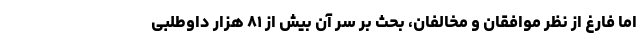
اما فارغ از نظر موافقان و مخالفان، بحث بر سر آن بیش از ۸۱ هزار داوطلبی